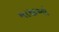
માજીઓ